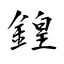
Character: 鍠